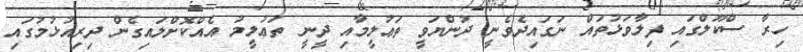
ހިރާ ސްކޫލްގައި ފިލާވަޅުތައް ނަގައިދެވެނީ ދުންޔަވީ ތަޢުލީމާއި ދީނީ ތަޢުލީމު އެއްކޮށްލައިގެން ދިރިއުޅުމުގައި